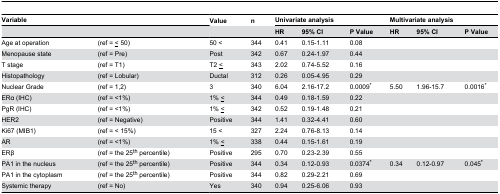
| <COLSPAN=2> Variable | Value | n | <COLSPAN=3> Univariate analysis | <COLSPAN=3> Multivariate analysis |
 | <COLSPAN=2>  |  |  | HR | 95% CI | P Value | HR | 95% CI | P Value |
 | --- | --- | --- | --- | --- | --- | --- | --- | --- | --- |
 | Age at operation | (ref = <underline><</underline> 50) | 50 < | 344 | 0.41 | 0.15-1.11 | 0.08 |  |  |  |
 | Menopause state | (ref = Pre) | Post | 342 | 0.67 | 0.24-1.97 | 0.44 |  |  |  |
 | T stage | (ref = T1) | T2 <underline><</underline> | 343 | 2.02 | 0.74-5.52 | 0.16 |  |  |  |
 | Histopathology | (ref = Lobular) | Ductal | 312 | 0.26 | 0.05-4.95 | 0.29 |  |  |  |
 | Nuclear Grade | (ref = 1,2) | 3 | 340 | 6.04 | 2.16-17.2 | 0.0009* | 5.50 | 1.96-15.7 | 0.0016* |
 | ERα (IHC) | (ref = <1%) | 1% <underline><</underline> | 344 | 0.49 | 0.18-1.59 | 0.22 |  |  |  |
 | PgR (IHC) | (ref = <1%) | 1% <underline><</underline> | 342 | 0.52 | 0.19-1.48 | 0.21 |  |  |  |
 | HER2 | (ref = Negative) | Positive | 344 | 1.41 | 0.32-4.41 | 0.60 |  |  |  |
 | Ki67 (MIB1) | (ref = < 15%) | 15 < | 327 | 2.24 | 0.76-8.13 | 0.14 |  |  |  |
 | AR | (ref = <1%) | 1% <underline><</underline> | 338 | 0.44 | 0.15-1.61 | 0.19 |  |  |  |
 | ERβ | (ref = the 25th percentile) | Positive | 295 | 0.70 | 0.23-2.39 | 0.55 |  |  |  |
 | PA1 in the nucleus | (ref = the 25th percentile) | Positive | 344 | 0.34 | 0.12-0.93 | 0.0374* | 0.34 | 0.12-0.97 | 0.045* |
 | PA1 in the cytoplasm | (ref = the 25th percentile) | Positive | 344 | 0.82 | 0.29-2.21 | 0.69 |  |  |  |
 | Systemic therapy | (ref = No) | Yes | 340 | 0.94 | 0.25-6.06 | 0.93 |  |  |  |